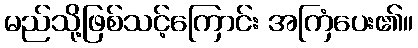
မည်သို့ဖြစ်သင့်ကြောင်း အကြံပေး၏။